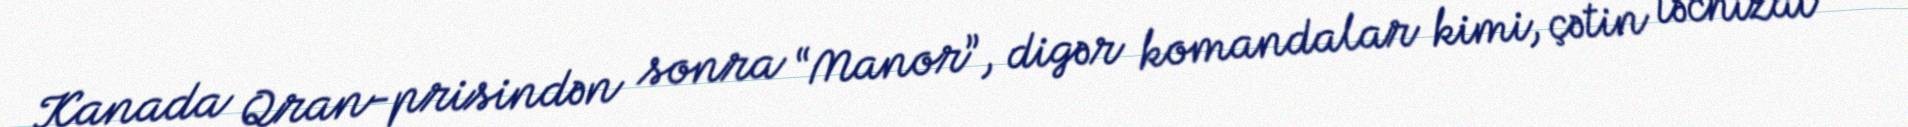
Kanada Qran-prisindən sonra “Manor”, digər komandalar kimi, çətin təchizat